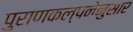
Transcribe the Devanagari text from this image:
पुराणकल्पनेनुसार